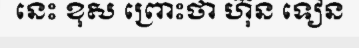
នេះ ខុស ព្រោះថា ហ៊ុន ទៀន